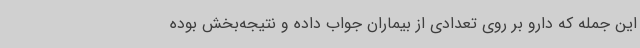
این جمله که دارو بر روی تعدادی از بیماران جواب داده و نتیجه‌بخش بوده